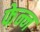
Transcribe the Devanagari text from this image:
फेन्न